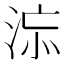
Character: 𣵅